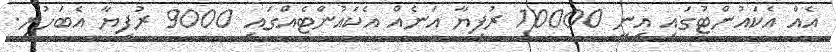
އެއް އެކައުންޓުގައި އިނީ 10000 ރުފިޔާ އަނެއް އެކައުންޓެއްގައި 9000 ރުފިޔާ އެބަހުރި.